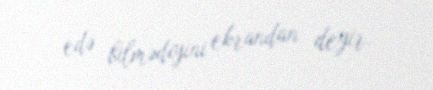
edə bilmədiyini ekrandan deyir.